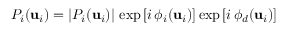
P _ { i } ( \mathbf { u } _ { i } ) = | P _ { i } ( \mathbf { u } _ { i } ) | \, \exp \left[ i \, \phi _ { i } ( \mathbf { u } _ { i } ) \right] \exp \left[ i \, \phi _ { d } ( \mathbf { u } _ { i } ) \right]